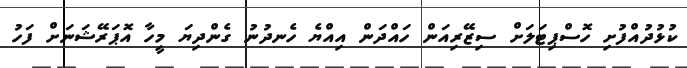
ކުޅުދުއްފުށި ހޮސްޕިޓަލަށް ސިޒޭރިއަން ހައްދަން އިއްޔެ ހެނދުނު ގެންދިޔަ މީހާ އޮޕަރޭޝަނަށް ފަހު